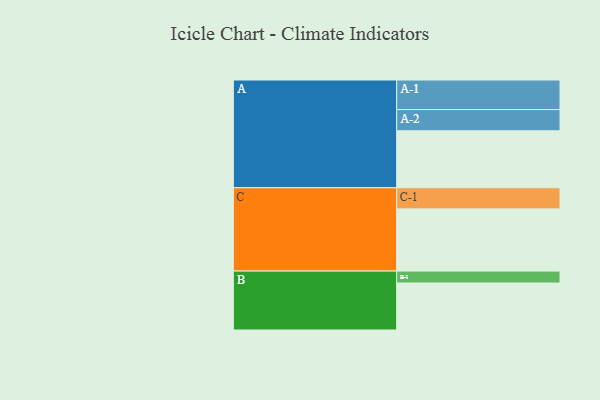
{"axis": {"x": "Segment", "y": "Value"}, "legend": ["", "A", "B", "C"], "data": [{"x": "A", "y": 520, "type": ""}, {"x": "B", "y": 429, "type": ""}, {"x": "C", "y": 568, "type": ""}, {"x": "A-1", "y": 270, "type": "A"}, {"x": "A-2", "y": 194, "type": "A"}, {"x": "B-1", "y": 109, "type": "B"}, {"x": "C-1", "y": 193, "type": "C"}]}